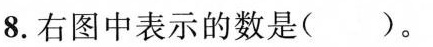
8.右图中表示的数是()。